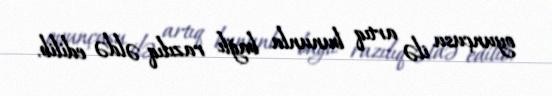
oyunçusu ilə artıq bununla bağlı razılıq əldə edilib.